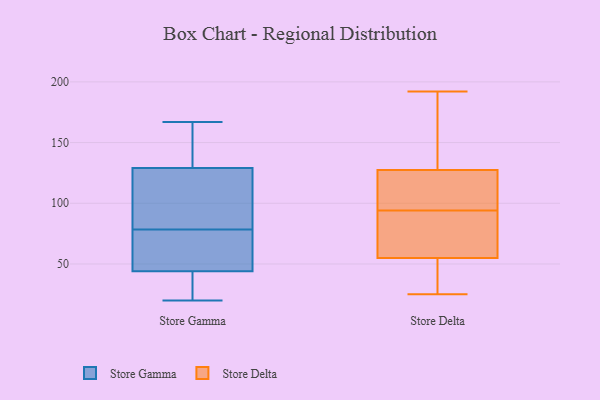
{"axis": {"x": "Gross Profit (USD K)", "y": "Value"}, "legend": ["Store Delta", "Store Gamma"], "data": [{"x": "", "y": 154, "type": "Store Gamma"}, {"x": "", "y": 129, "type": "Store Gamma"}, {"x": "", "y": 109, "type": "Store Gamma"}, {"x": "", "y": 79, "type": "Store Gamma"}, {"x": "", "y": 44, "type": "Store Gamma"}, {"x": "", "y": 167, "type": "Store Gamma"}, {"x": "", "y": 78, "type": "Store Gamma"}, {"x": "", "y": 30, "type": "Store Gamma"}, {"x": "", "y": 157, "type": "Store Gamma"}, {"x": "", "y": 80, "type": "Store Gamma"}, {"x": "", "y": 20, "type": "Store Gamma"}, {"x": "", "y": 24, "type": "Store Gamma"}, {"x": "", "y": 46, "type": "Store Gamma"}, {"x": "", "y": 55, "type": "Store Gamma"}, {"x": "", "y": 47, "type": "Store Delta"}, {"x": "", "y": 33, "type": "Store Delta"}, {"x": "", "y": 68, "type": "Store Delta"}, {"x": "", "y": 192, "type": "Store Delta"}, {"x": "", "y": 25, "type": "Store Delta"}, {"x": "", "y": 113, "type": "Store Delta"}, {"x": "", "y": 77, "type": "Store Delta"}, {"x": "", "y": 63, "type": "Store Delta"}, {"x": "", "y": 111, "type": "Store Delta"}, {"x": "", "y": 132, "type": "Store Delta"}, {"x": "", "y": 124, "type": "Store Delta"}, {"x": "", "y": 131, "type": "Store Delta"}]}